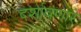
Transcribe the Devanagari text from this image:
दर्शावणारे